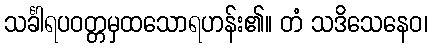
သင်္ခါရပဝတ္တမှထသောရဟန်း၏။ တံ သဒိသေနေဝ၊